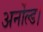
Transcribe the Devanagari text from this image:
अर्नोल्ड।